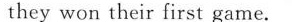
they won their first game.